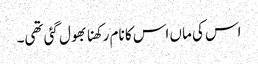
اس کی ماں اس کا نام رکھنا بھول گئی تھی۔